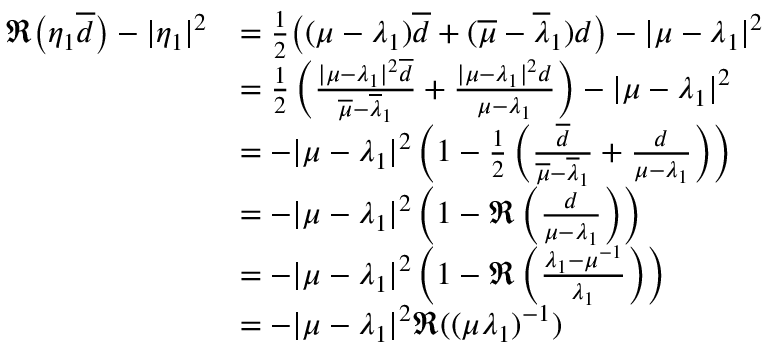
\begin{array} { r l } { \mathfrak { R } \big ( \eta _ { 1 } \overline { { d } } \big ) - | \eta _ { 1 } | ^ { 2 } } & { = \frac { 1 } { 2 } \big ( ( \mu - \lambda _ { 1 } ) \overline { { d } } + ( \overline { { \mu } } - \overline { { \lambda } } _ { 1 } ) d \big ) - | \mu - \lambda _ { 1 } | ^ { 2 } } \\ & { = \frac { 1 } { 2 } \left( \frac { | \mu - \lambda _ { 1 } | ^ { 2 } \overline { { d } } } { \overline { { \mu } } - \overline { { \lambda } } _ { 1 } } + \frac { | \mu - \lambda _ { 1 } | ^ { 2 } d } { \mu - \lambda _ { 1 } } \right) - | \mu - \lambda _ { 1 } | ^ { 2 } } \\ & { = - | \mu - \lambda _ { 1 } | ^ { 2 } \left( 1 - \frac { 1 } { 2 } \left( \frac { \overline { { d } } } { \overline { { \mu } } - \overline { { \lambda } } _ { 1 } } + \frac { d } { \mu - \lambda _ { 1 } } \right) \right) } \\ & { = - | \mu - \lambda _ { 1 } | ^ { 2 } \left( 1 - \mathfrak { R } \left( \frac { d } { \mu - \lambda _ { 1 } } \right) \right) } \\ & { = - | \mu - \lambda _ { 1 } | ^ { 2 } \left( 1 - \mathfrak { R } \left( \frac { \lambda _ { 1 } - \mu ^ { - 1 } } { \lambda _ { 1 } } \right) \right) } \\ & { = - | \mu - \lambda _ { 1 } | ^ { 2 } \mathfrak { R } ( ( \mu \lambda _ { 1 } ) ^ { - 1 } ) } \end{array}